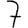
Digit: 7